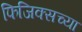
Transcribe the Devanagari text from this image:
फिजिक्सच्या